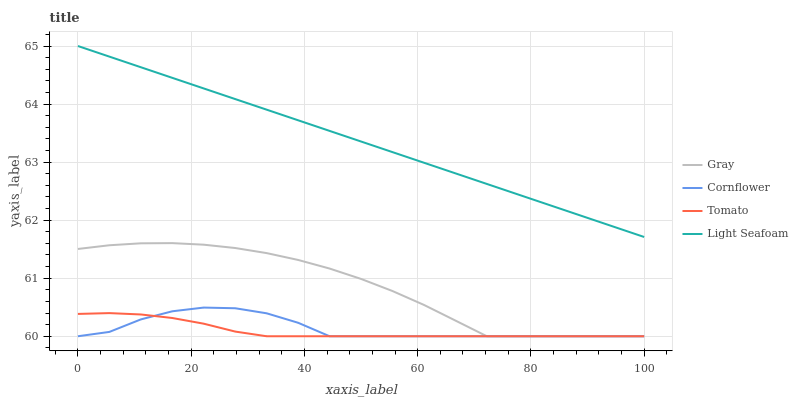
| xaxis_label | Gray | Cornflower | Tomato | Light Seafoam |
 | --- | --- | --- | --- | --- |
 | 0 | 61.5 | 60 | 60.4 | 65 |
 | 5.56 | 61.6 | 60.1 | 60.4 | 64.8 |
 | 11.1 | 61.6 | 60.3 | 60.4 | 64.6 |
 | 16.7 | 61.6 | 60.4 | 60.3 | 64.5 |
 | 22.2 | 61.6 | 60.5 | 60.2 | 64.3 |
 | 27.8 | 61.5 | 60.5 | 60.1 | 64.1 |
 | 33.3 | 61.4 | 60.4 | 60 | 63.9 |
 | 38.9 | 61.3 | 60.2 | 60 | 63.7 |
 | 44.4 | 61.2 | 60 | 60 | 63.5 |
 | 50 | 61 | 60 | 60 | 63.4 |
 | 55.6 | 60.8 | 60 | 60 | 63.2 |
 | 61.1 | 60.5 | 60 | 60 | 63 |
 | 66.7 | 60.3 | 60 | 60 | 62.8 |
 | 72.2 | 60 | 60 | 60 | 62.6 |
 | 77.8 | 60 | 60 | 60 | 62.4 |
 | 83.3 | 60 | 60 | 60 | 62.3 |
 | 88.9 | 60 | 60 | 60 | 62.1 |
 | 94.4 | 60 | 60 | 60 | 61.9 |
 | 100 | 60 | 60 | 60 | 61.7 |